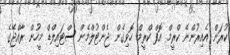
ކުރަން އެއިރުންނޭ ކްރީމް އޮފް ކްރީމް ހޮވިގެން ޖެންޓުލްމެން ސްޓައިލްޑް މީހުން ރާއްޖޭގެ